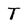
Character: T